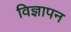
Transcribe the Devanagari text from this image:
विज्ञापन